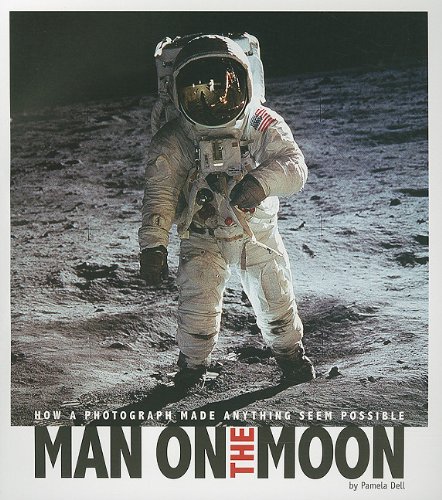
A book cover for Man on the Moon: How a Photograph Made Anything Seem Possible (Captured History); Pamela Dell; Children's Books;